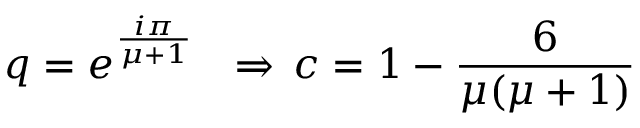
q = e ^ { \frac { i \pi } { \mu + 1 } } \ \ \Rightarrow \, c = 1 - \frac { 6 } { \mu ( \mu + 1 ) }